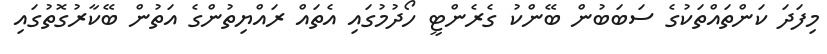
މިފަދަ ކަންތައްތަކުގެ ސަބަބުން ބޭންކު ގެރެންޓީ ހޯދުމުގައި އެތައް ރައްޔިތުންގެ އަތުން ބޭކާރުގޮތުގައި